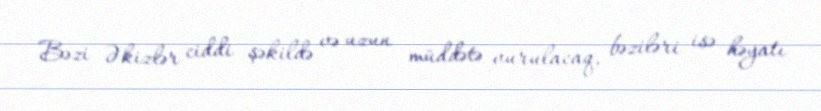
Bəzi Əkizlər ciddi şəkildə və uzun müddətə vurulacaq, bəziləri isə həyatı